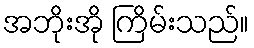
အဘိုးအို ကြိမ်းသည်။